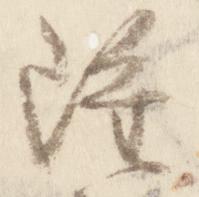
雖